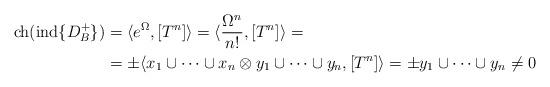
LaTeX: \begin{align*}\mathrm{ch}(\mathrm{ind}\{D_B^+\})&=\langle e^{\Omega},[T^n]\rangle=\langle \frac{\Omega^n}{n!},[T^n]\rangle=\\&=\pm\langle x_1\cup\cdots \cup x_n\otimes y_1\cup \cdots \cup y_n,[T^n]\rangle=\pm y_1\cup\cdots\cup y_n\neq 0\end{align*}